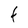
Character: t